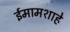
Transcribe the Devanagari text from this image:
ईमामशाहे